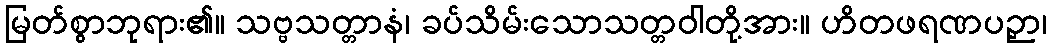
မြတ်စွာဘုရား၏။ သဗ္ဗသတ္တာနံ၊ ခပ်သိမ်းသောသတ္တဝါတို့အား။ ဟိတဖရဏပဉှာ၊